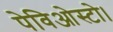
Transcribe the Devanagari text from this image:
पेविओस्टो।